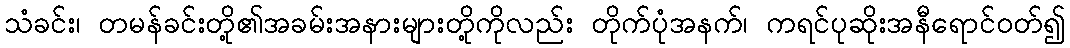
သံခင်း၊ တမန်ခင်းတို့၏အခမ်းအနားများတို့ကိုလည်း တိုက်ပုံအနက်၊ ကရင်ပုဆိုးအနီရောင်ဝတ်၍